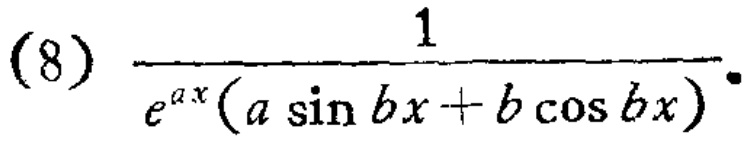
\[(8)\quad\frac{1}{e^{ax}(a\sin bx + b\cos bx)}.\]